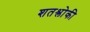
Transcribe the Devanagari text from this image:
शतश्लोकी